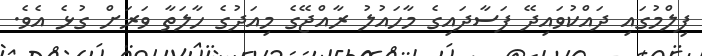
ފިލްމުގައި ދައްކުވައިދޭ ފަސާދައިގެ މާހައުލު ރާއްޖޭގެ މިއަދުގެ ހާލަތާ ވަރަށް ގުޅެ އެވެ.